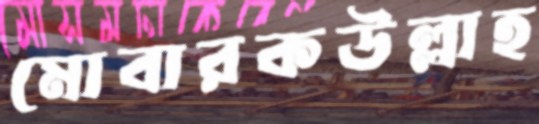
মোবারকউল্লাহ